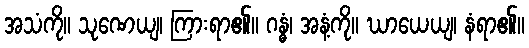
အသံကို။ သုဏေယျ၊ ကြားရာ၏။ ဂန္ဓံ၊ အနံ့ကို။ ဃာယေယျ၊ နံရာ၏။